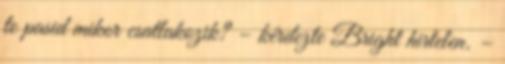
te pasid mikor csatlakozik? – kérdezte Bright hirtelen. –